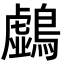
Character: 𪆛